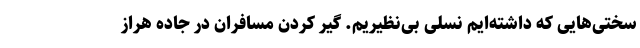
سختی‌هایی که داشته‌ایم نسلی بی‌نظیریم. گیر کردن مسافران در جاده هراز